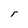
Character: r